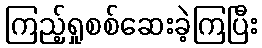
ကြည့်ရှုစစ်ဆေးခဲ့ကြပြီး